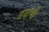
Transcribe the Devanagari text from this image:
उदाणी